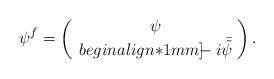
LaTeX: \begin{align*}\psi^{\bar f}=\left(\begin{array}{c}\psi\!\\begin{align*}1mm] \!\!\!-i\bar{\tilde\psi}\!\end{array}\right).\end{align*}